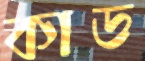
কাড